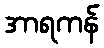
အာရကန်